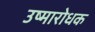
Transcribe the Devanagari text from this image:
उष्मारोधक